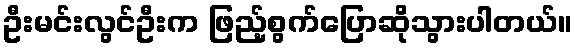
ဦးမင်းလွင်ဦးက ဖြည့်စွက်ပြောဆိုသွားပါတယ်။